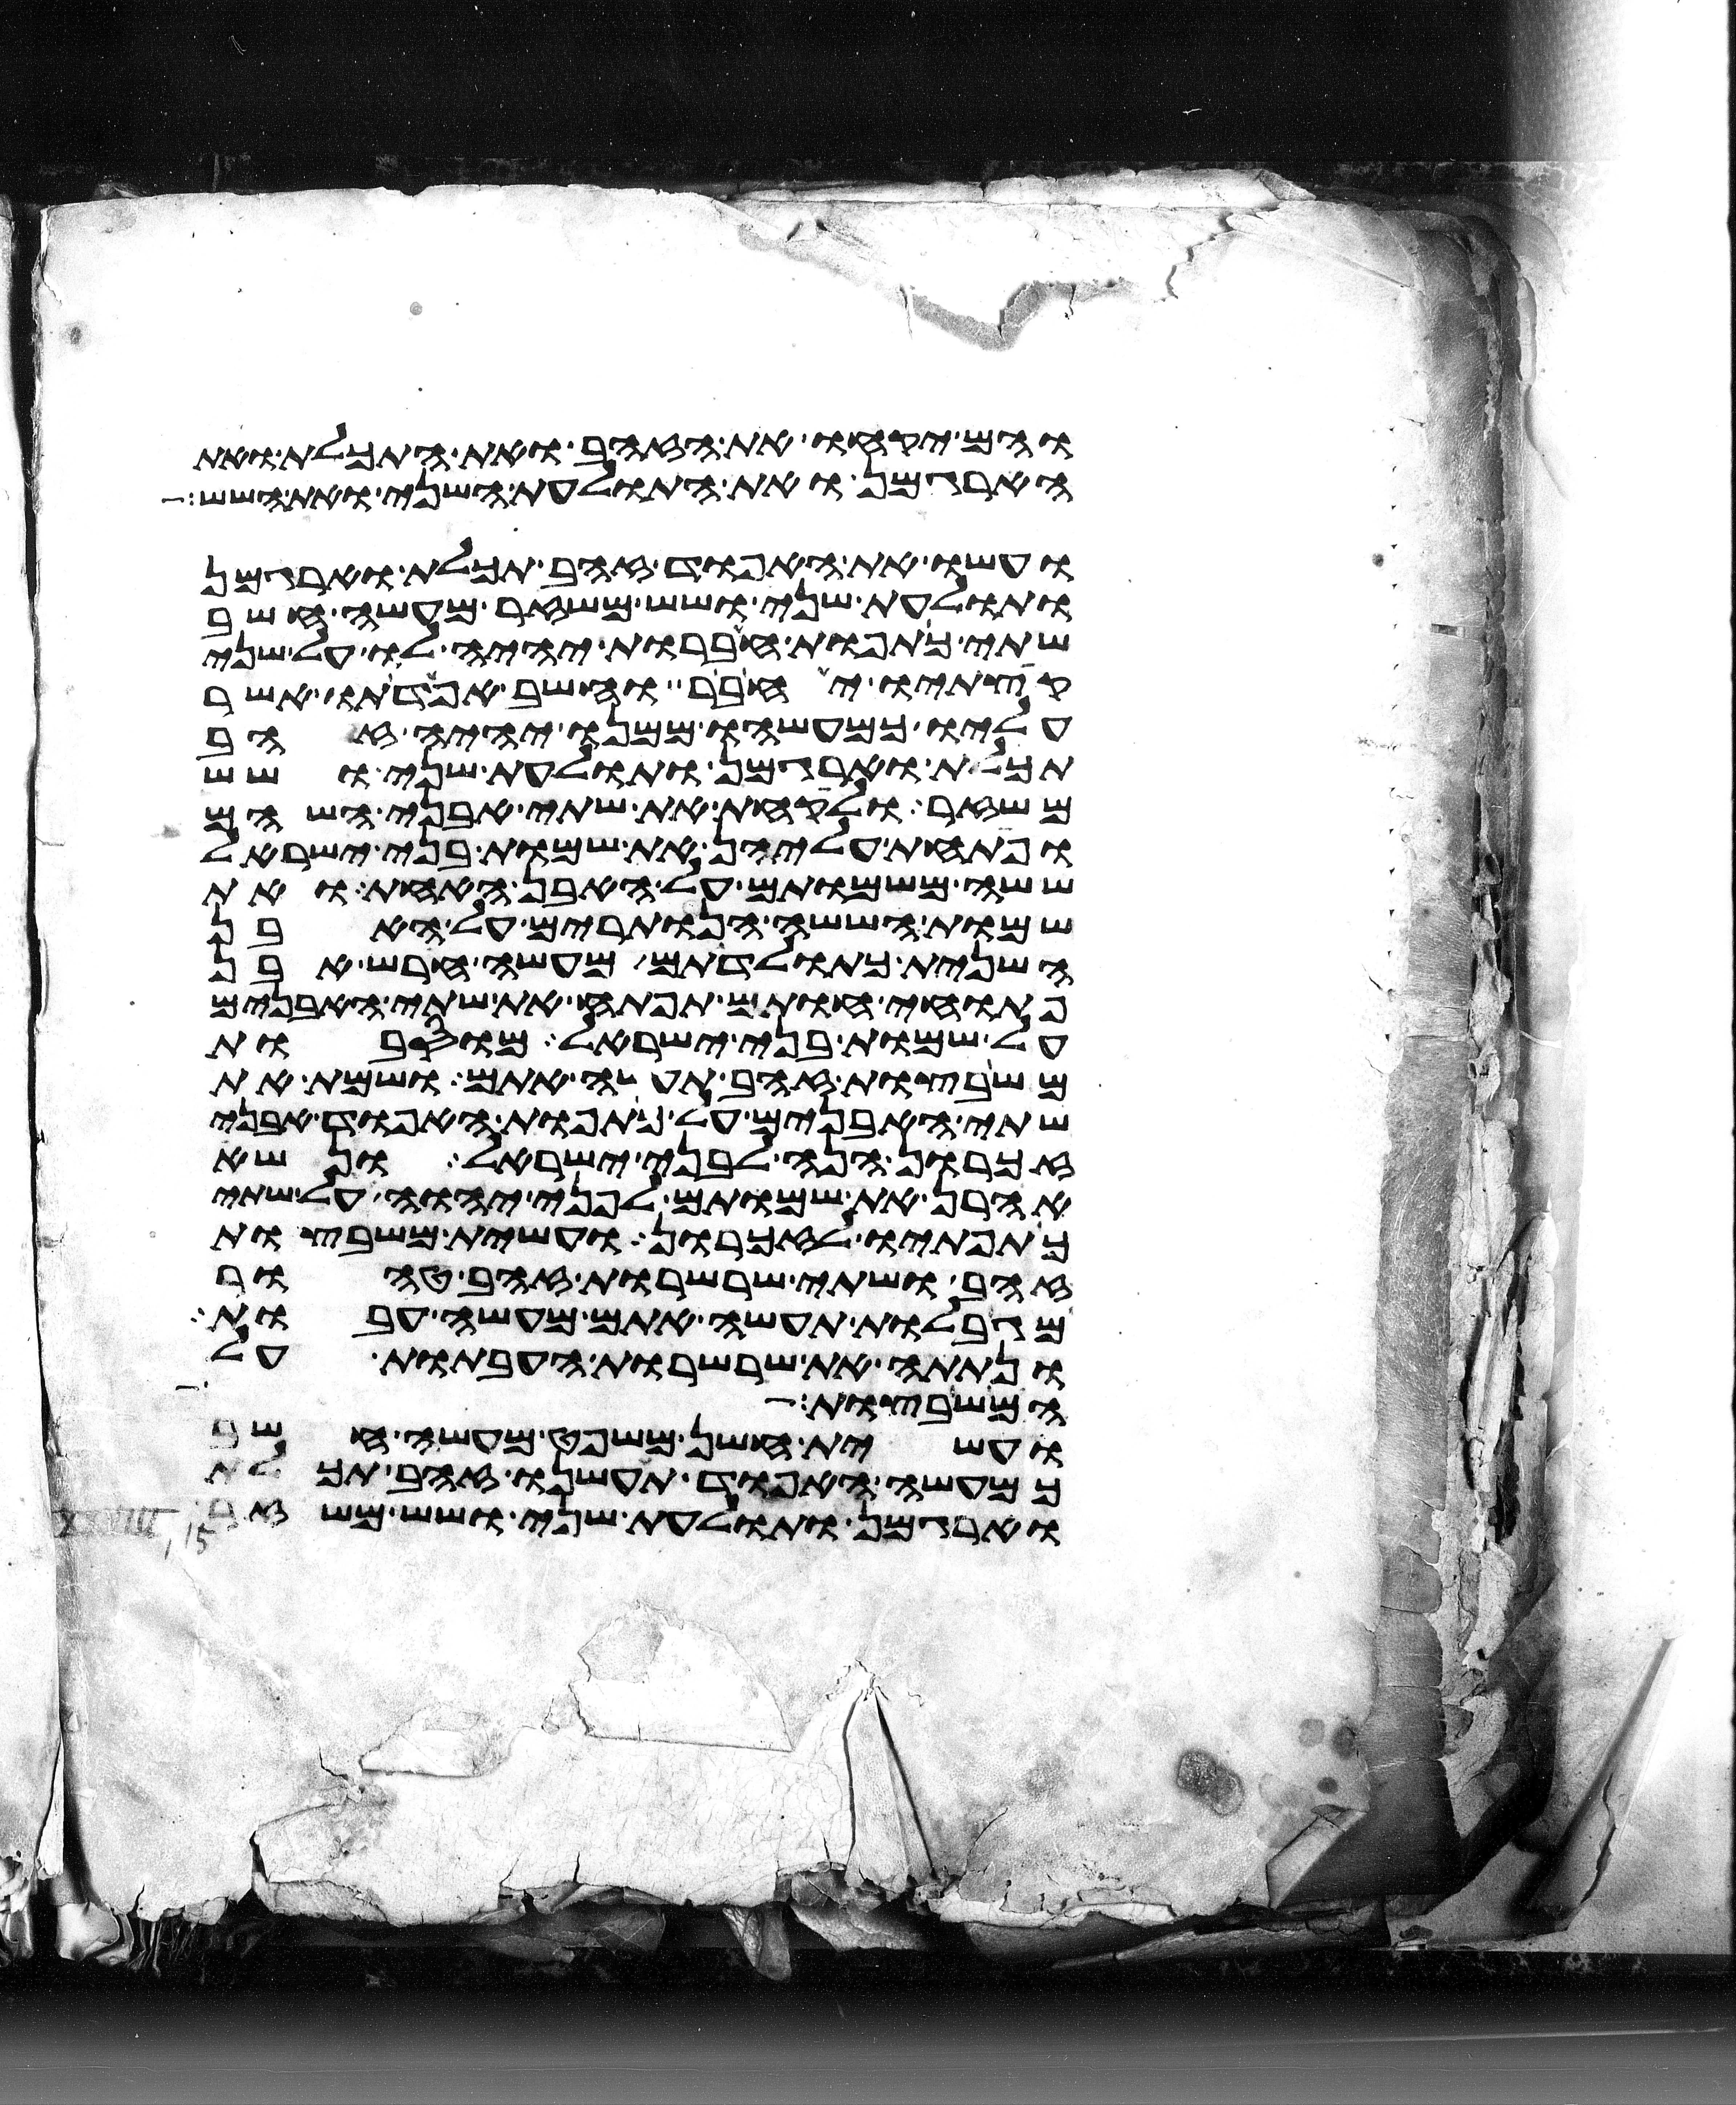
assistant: והם יקחו את הזהב ואת התכלת ואת
הארגמן ואת התולעת השני ואת השש
ועשו את האפוד זהב תכלת וארגמן
ותולעת שני ושש משזר מעשה חשב
שתי כתפות חברות יהיה לו על שני
קצתיו יחבר וחשב אפדתו אשר
עליו כמעשהו ממנו יהיה זהב
תכלת וארגמן ותולעת שני ושש
משזר ולקחת את שתי אבני השהם
ופתחת עליהן את שמות בני ישראל
ששה משמותם על האבן האחת ואת
שמות הששה הנותרים על האבן
השנית כתולדתם מעשה חרש אבן
פתוחי חותם תפתח את שתי האבנים
על שמות בני ישראל מוסבות
משבצות זהב תעשה אתם ושמת את
שתי האבנים על כתפות האפוד אבני
זכרון הנה לבני ישראל ונשא
אהרן את שמותם לפני יהוה על שתי
כתפתיו לזכרון ועשית משבצות
זהב ושתי שרשרות זהב טהור
מגבלות תעשה אתם מעשה עבות
ונתתה את שרשרות העבתות על
המשבצות
ועשית חשן משפט מעשה חשב
כמעשה האפוד תעשנו זהב תכלת
וארגמן ותולעת שני ושש משזר